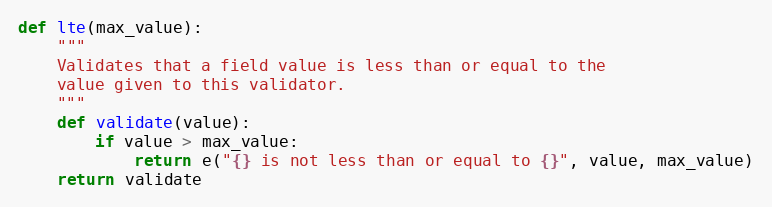
Language: Python
def lte(max_value):
    """
    Validates that a field value is less than or equal to the
    value given to this validator.
    """
    def validate(value):
        if value > max_value:
            return e("{} is not less than or equal to {}", value, max_value)
    return validate